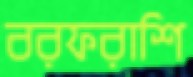
বরফরাশি